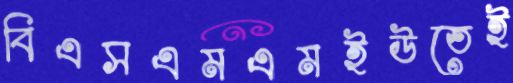
বিএসএমএমইউতেই